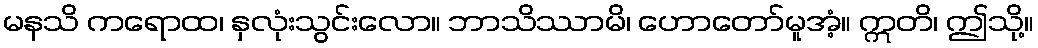
မနသိ ကရောထ၊ နှလုံးသွင်းလော။ ဘာသိဿာမိ၊ ဟောတော်မူအံ့။ ဣတိ၊ ဤသို့။